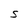
Character: S